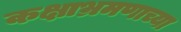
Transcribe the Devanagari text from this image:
कक्षाभ्रमणाच्या